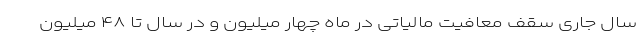
سال جاری سقف معافیت مالیاتی در ماه چهار میلیون و در سال تا ۴۸ میلیون